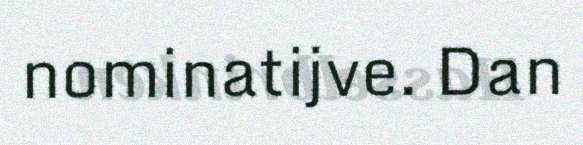
nominatijve. Dan